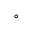
^ \circ